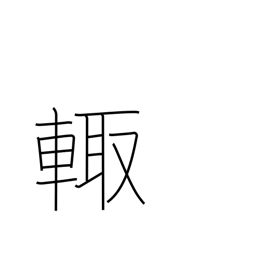
Meaning: sides of chariot were weapons